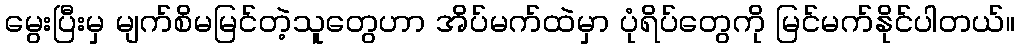
မွေးပြီးမှ မျက်စိမမြင်တဲ့သူတွေဟာ အိပ်မက်ထဲမှာ ပုံရိပ်တွေကို မြင်မက်နိုင်ပါတယ်။